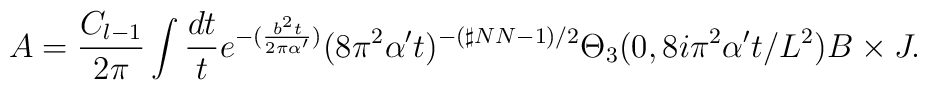
A=\frac{C_{l-1}}{2\pi}\int \frac{dt}{t} e^{-(\frac{b^2 t}{2\pi \alpha'})} (8\pi^2 \alpha' t)^{-(\sharp NN -1)/2} \Theta_{3}(0,8i\pi^{2} \alpha ' t/L^2) B \times J.